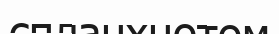
спланхнотом